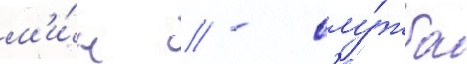
м'и́н // - слу́жба